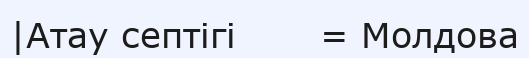
|Атау септігі       = Молдова